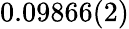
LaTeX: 0.09866(2)